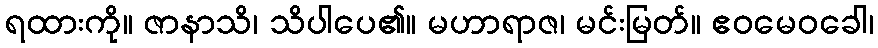
ရထားကို။ ဇာနာသိ၊ သိပါပေ၏။ မဟာရာဇ၊ မင်းမြတ်။ ဧဝမေဝခေါ၊